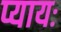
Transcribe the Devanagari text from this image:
प्यायः